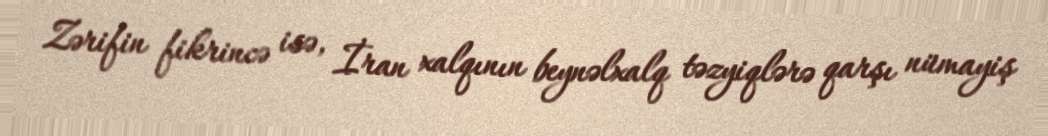
Zərifin fikrincə isə, İran xalqının beynəlxalq təzyiqlərə qarşı nümayiş